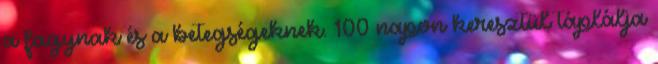
a fagynak és a betegségeknek. 100 napon keresztül táplálja